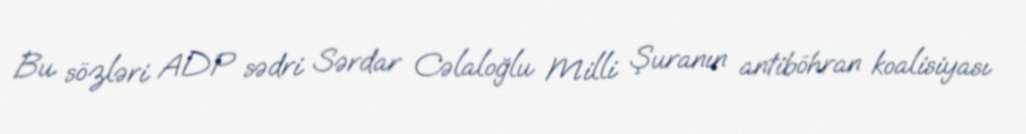
Bu sözləri ADP sədri Sərdar Cəlaloğlu Milli Şuranın antiböhran koalisiyası